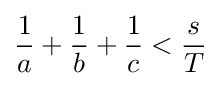
{\frac {1}{a}}+{\frac {1}{b}}+{\frac {1}{c}}<{\frac {s}{T}}